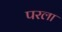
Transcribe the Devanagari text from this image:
परला